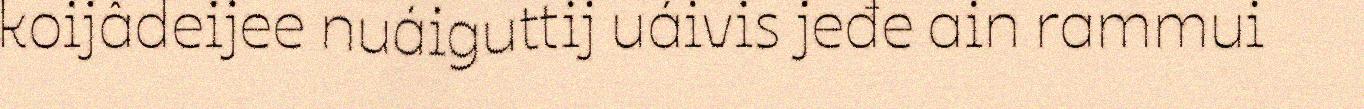
koijâdeijee nuáiguttij uáivis jeđe ain rammui